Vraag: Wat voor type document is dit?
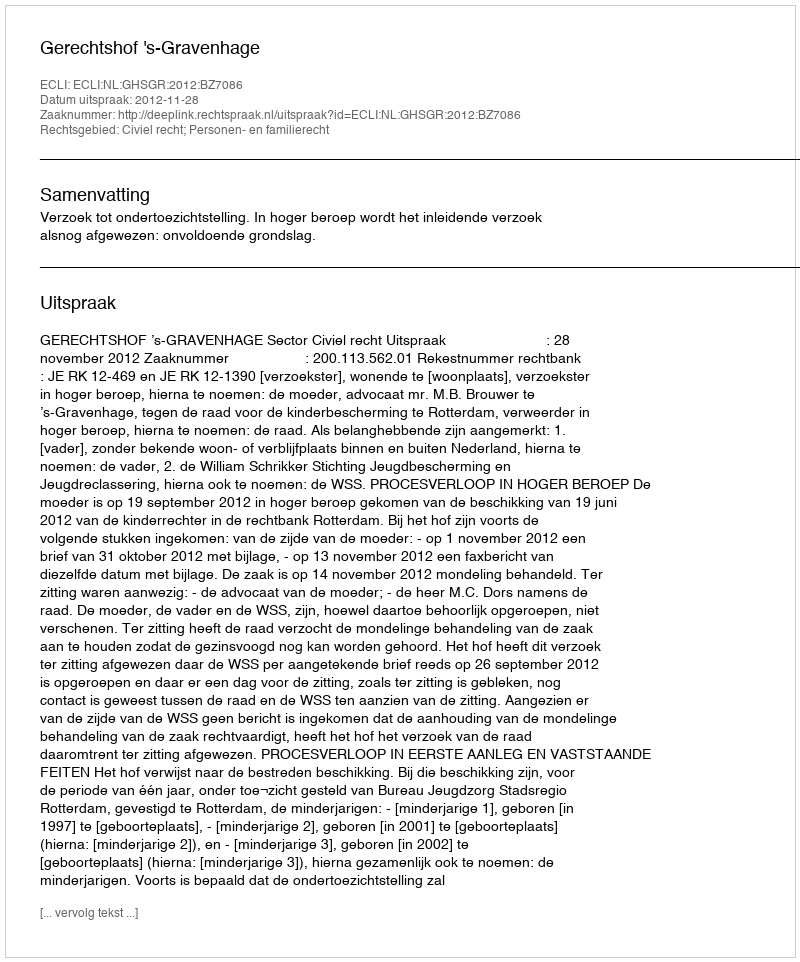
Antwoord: Uitspraak